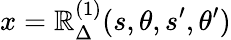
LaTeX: x=\mathbb{R}_{\Delta}^{(1)}(s,\theta,s^{\prime},\theta^{\prime})